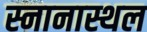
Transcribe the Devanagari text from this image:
स्नानास्थल